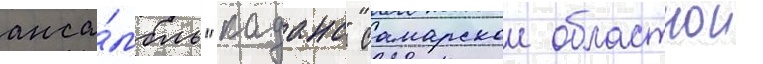
анса́мбль "каданс" самарскои областнои